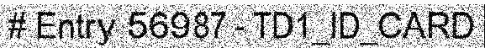
# Entry 56987 - TD1_ID_CARD